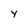
Character: y